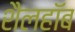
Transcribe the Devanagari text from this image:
शैलहाॅब